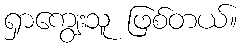
ရှာကျွေးသူ ဖြစ်တယ်။